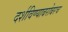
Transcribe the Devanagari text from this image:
दर्शविण्याबरोबरच